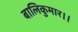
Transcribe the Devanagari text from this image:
बालिकुमार।।